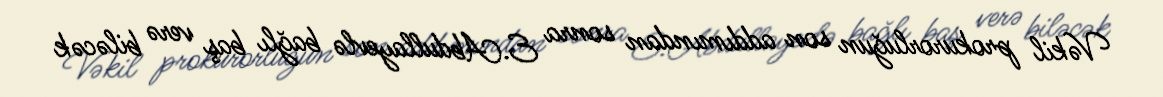
Vəkil prokurorluğun son addımından sonra E.Abdullayevlə bağlı baş verə biləcək